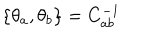
LaTeX: \{ \theta _ { a } , \theta _ { b } \} = C _ { a b } ^ { - 1 }